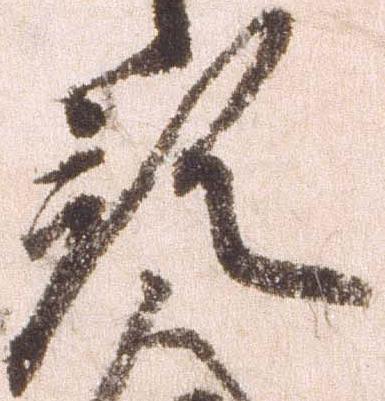
預